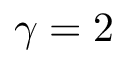
\gamma = 2